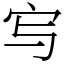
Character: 㝍